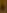
+